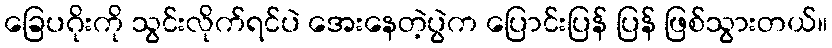
ခြေပဂိုးကို သွင်းလိုက်ရင်ပဲ အေးနေတဲ့ပွဲက ပြောင်းပြန် ပြန် ဖြစ်သွားတယ်။